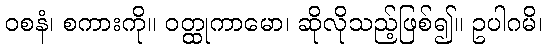
ဝစနံ၊ စကားကို။ ဝတ္ထုကာမော၊ ဆိုလိုသည့်ဖြစ်၍။ ဥပါဂမိ၊